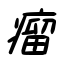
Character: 瘤